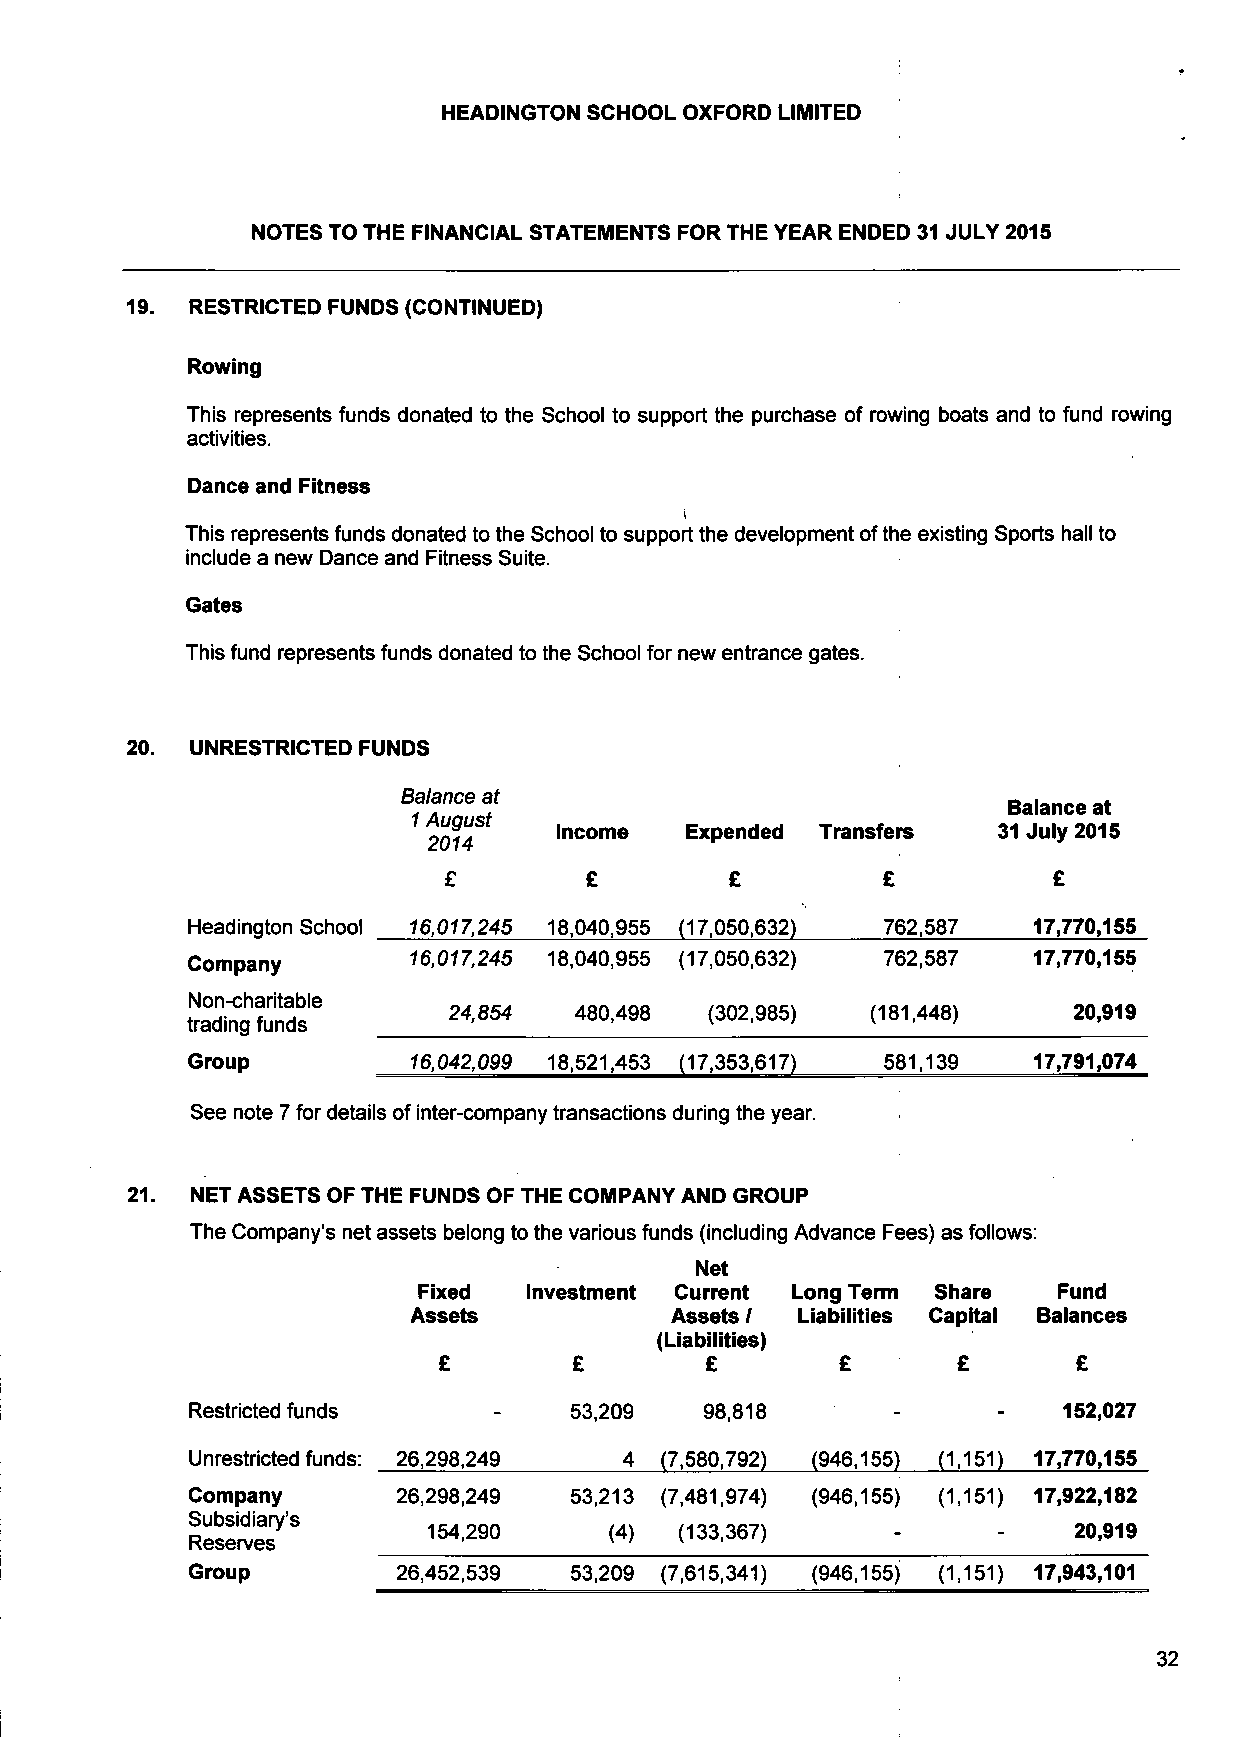
HEADINGTON SCHOOL OXFORD LIMITED
 NOTES TO THE FINANCIAL STATEMENTS FOR THE YEAR ENDED 31 JULY 2015
 19.  RESTRICTED FUNDS (CONTINUED)
 Rowing
 This represents funds donated to the School to support the purchase of rowing boats and to fund rowing
 activities.
 Dance and Fitness
 This represents funds donated to the School to support the development of the existing Sports hall to
 include a new Dance and Fitness Suite.
 Gates
 This fund represents funds donated to the School for new entrance gates.
 20.  UNRESTRICTED FUNDS
 Balance at
 Balance at
 1 August
 Income  Expended Transfers   31 July 2015
 2014
 £         £        £         £           £
 Headington School 16,017,245 18,040,955 (17,050,632) 762,587 17,770,155
 Company        16,017,245 18,040,955 (17,050,632) 762,587 17,770,155
 Non-charitable
 24,854  480,498  (302,985)  (181,448)    20,919
 trading funds
 Group          16,042,099 18,521,453 (17.353.617L 581,139 17,791,074
 See note 7 for details of inter-company transactions during the year.
 21.  NET ASSETS OF THE FUNDS OF THE COMPANY AND GROUP
 The Company's net assets belong to the various funds (including Advance Fees) as follows:
 Net
 Fixed  Investment Current Long Term Share Fund
 Assets           Assets / Liabilities Capital Balances
 (Liabilities)
 £        £        £        £      £       £
 Restricted funds    -    53,209   98,818      -      -   152,027
 Unrestricted funds: 26,298,249 4 (7,580,792) (946,155) (1,151) 17,770,155
 Company       26,298,249  53,213 (7,481,974) (946,155) (1,151) 17,922,182
 Subsidiary's
 154,290     (4)  (133,367)                 20,919
 Reserves
 Group         26,452,539  53,209 (7,615,341) (946,155) (1.151) 17,943,101
 32